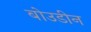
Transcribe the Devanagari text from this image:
बोउडीन